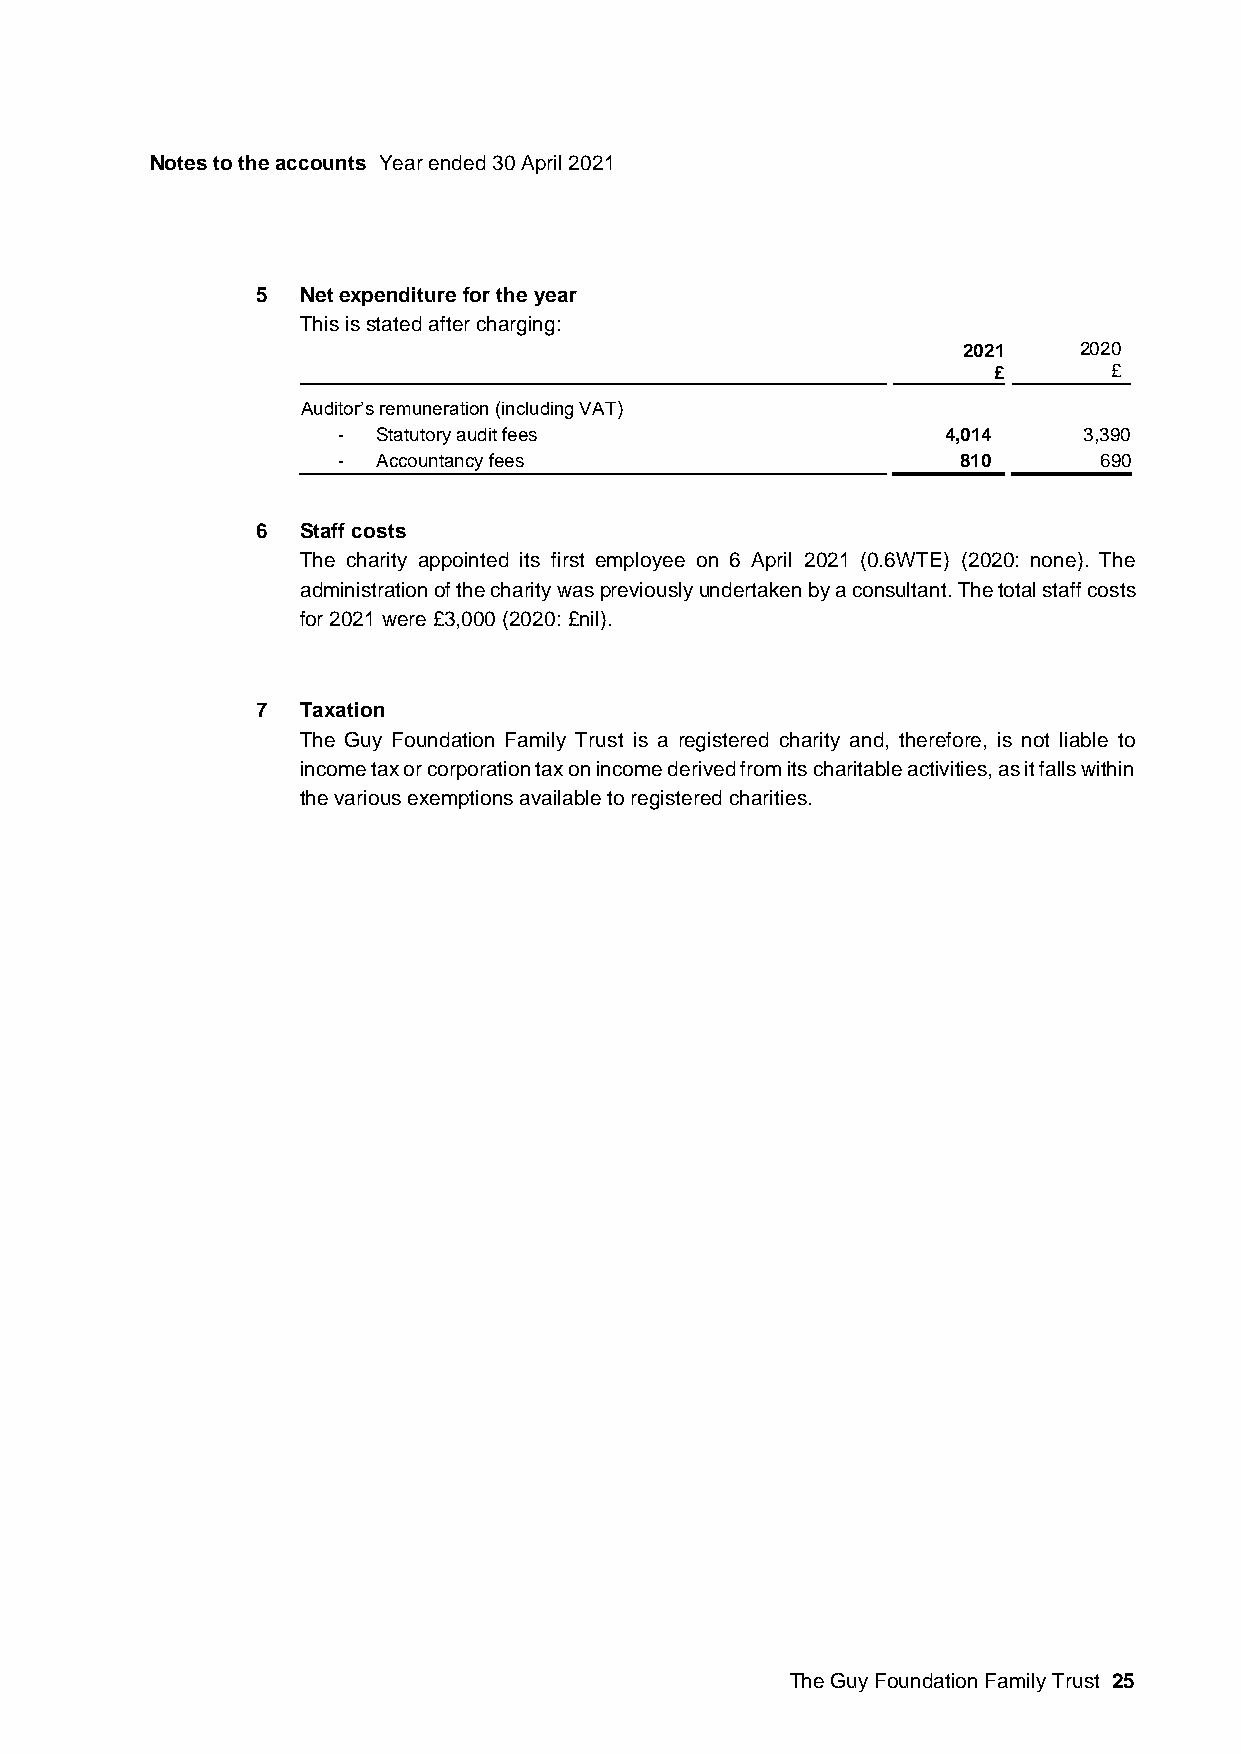
Notes to the accounts Year ended 30 April 2021
 5  Net expenditure for the year
 This is stated after charging:
 2021   2020
 £       £
 Auditor’s remuneration (including VAT)
 -  Statutory audit fees                  4,014    3,390
 -  Accountancy fees                       810      690
 6  Staff costs
 The charity appointed its first employee on 6 April 2021 (0.6WTE) (2020: none). The
 administration of the charity was previously undertaken by a consultant. The total staff costs
 for 2021 were £3,000 (2020: £nil).
 7  Taxation
 The Guy Foundation Family Trust is a registered charity and, therefore, is not liable to
 income tax or corporation tax on income derived from its charitable activities, as it falls within
 the various exemptions available to registered charities.
 The Guy Foundation Family Trust 25